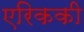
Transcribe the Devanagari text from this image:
एरिककी